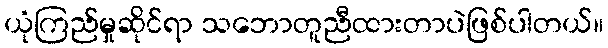
ယုံကြည်မှုဆိုင်ရာ သဘောတူညီထားတာပဲဖြစ်ပါတယ်။